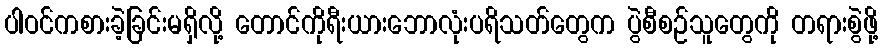
ပါဝင်ကစားခဲ့ခြင်းမရှိလို့ တောင်ကိုရီးယားဘောလုံးပရိသတ်တွေက ပွဲစီစဉ်သူတွေကို တရားစွဲဖို့